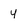
Character: 4